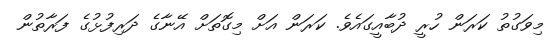
މިވަގުތު ކަރަން ހުރީ ދުބާއީގައެވެ. ކަރަން އަށް މިގޮތަށް އޭނާގެ ދަރިފުޅުގެ ފަރާތުން